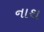
નાથ